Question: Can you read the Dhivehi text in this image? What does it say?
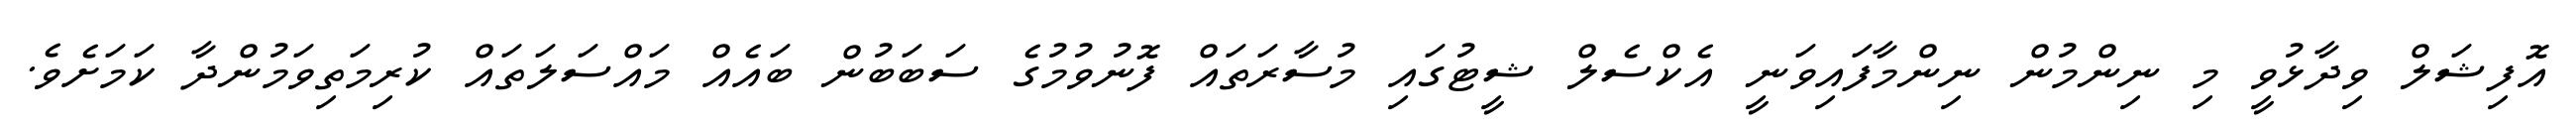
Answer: އޮފިޝަލް ވިދާޅުވީ މި ނިންމުން ނިންމާފައިވަނީ އެކްސެލް ޝީޓުގައި މުސާރަތައް ފޮނުވުމުގެ ސަބަބުން ބައެއް މައްސަލަތައް ކުރިމަތިވަމުންދާ ކަމަށެވެ.